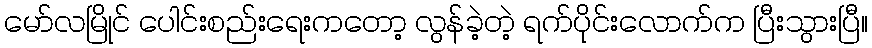
မော်လမြိုင် ပေါင်းစည်းရေးကတော့ လွန်ခဲ့တဲ့ ရက်ပိုင်းလောက်က ပြီးသွားပြီ။